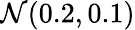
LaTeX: \mathcal{N}(0.2,0.1)